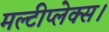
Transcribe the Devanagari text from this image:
मल्टीप्लेक्स।